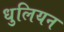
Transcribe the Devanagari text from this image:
धुलियन